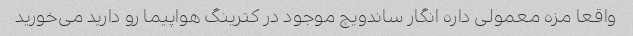
واقعا مزه معمولی داره انگار ساندویچ موجود در کترینگ هواپیما رو دارید می‌خورید